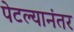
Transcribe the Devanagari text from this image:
पेटल्यानंतर